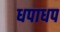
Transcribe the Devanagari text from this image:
धपाधप